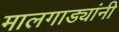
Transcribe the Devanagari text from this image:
मालगाड्यांनी